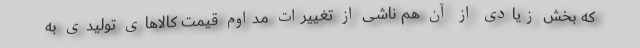
که بخش زیادی از آن هم ناشی از تغییرات مداوم قیمت کالاهای تولیدی به